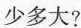
少多大?